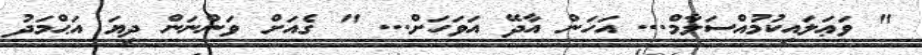
" ވަޢަލައިކުމުއްސަލާމް... އަހަން އާދޭ އަވަހަށް... " ގެއަށް ވަންނަން ދިޔަ އަޙްމަދު